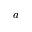
a